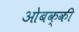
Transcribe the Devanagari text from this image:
ओबक्की